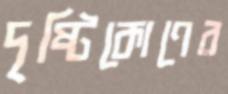
দৃষ্টিকোণের